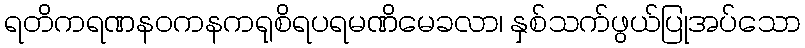
ရတိကရဏနဝကနကရုစိရပရမဏိမေခလာ၊ နှစ်သက်ဖွယ်ပြုအပ်သော